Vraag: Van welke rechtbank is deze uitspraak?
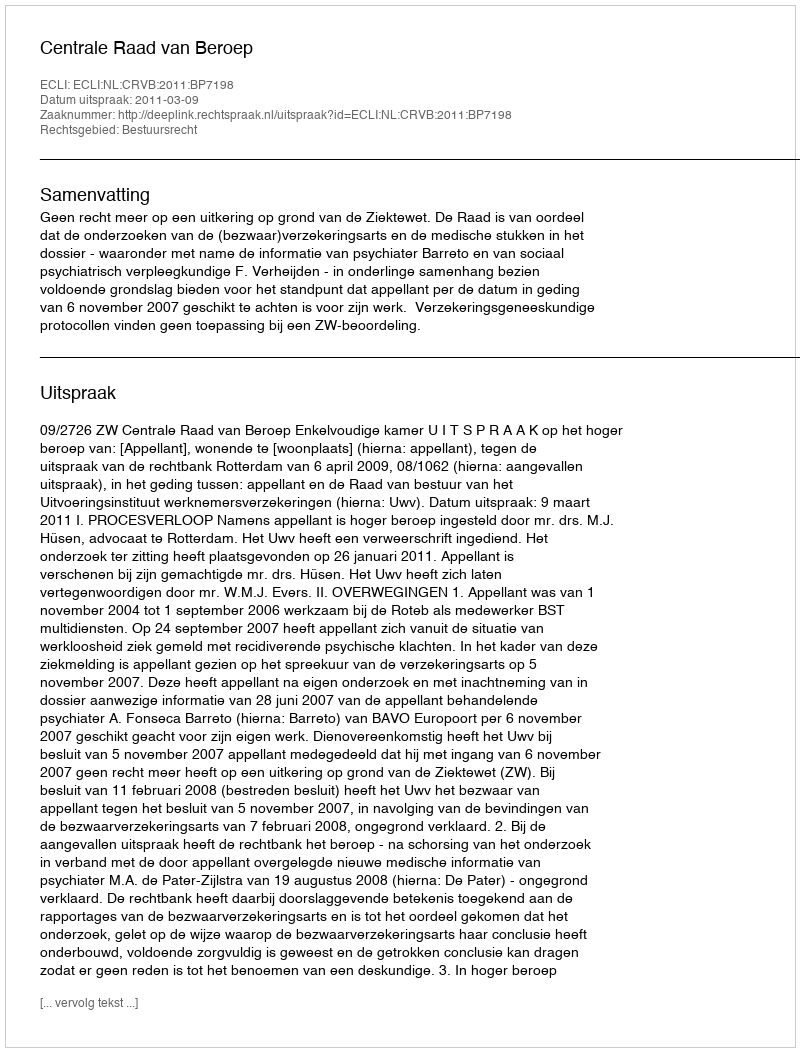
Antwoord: Centrale Raad van Beroep